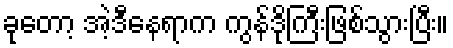
ခုတော့ အဲ့ဒီနေရာက ကွန်ဒိုကြီးဖြစ်သွားပြီး။